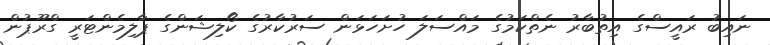
ނައިބު ރައީސްގެ އިތުބާރު ނެތްކަމުގެ މައްސަލަ ހުށަހަޅަން ސަރުކާރުގެ ކޯލިޝަންގެ ޕާލިމެންޓަރީ ގްރޫޕުން